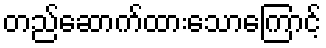
တည်ဆောက်ထားသောကြောင့်